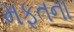
મફતના